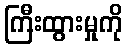
ကြီးထွားမှုကို